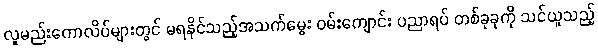
လူမည်းကောလိပ်များတွင် မရနိုင်သည့်အသက်မွေး ဝမ်းကျောင်း ပညာရပ် တစ်ခုခုကို သင်ယူသည့်